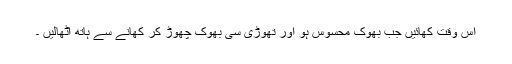
اس وقت کھائیں جب بھوک محسوس ہو اور تھوڑی سی بھوک چھوڑ کر کھانے سے ہاتھ اٹھالیں ۔